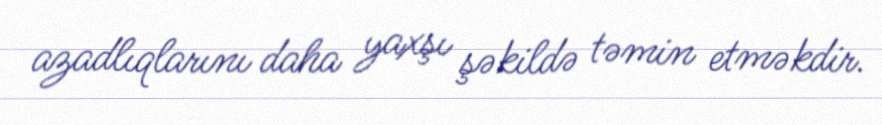
azadlıqlarını daha yaxşı şəkildə təmin etməkdir.